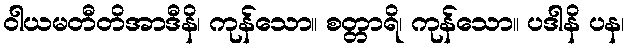
ဝါယမတီတိအာဒီနိ၊ ကုန်သော။ စတ္တာရိ၊ ကုန်သော။ ပဒါနိ ပန၊